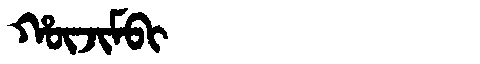
Manchu: ᡥᡡᠵᡳᠮᠪᡳ
Romanization: HŪJIMBI